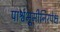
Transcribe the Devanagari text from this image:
पार्श्वभूमीनिरपेक्ष